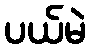
ပယ်မဲ